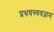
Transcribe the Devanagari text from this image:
प्रथयन्त्यवज्ञाम्‌